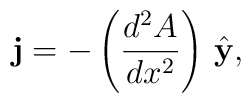
{\bf j}=-\left({d^2 A\over dx^2}\right)\,{\hat {\bf y}},